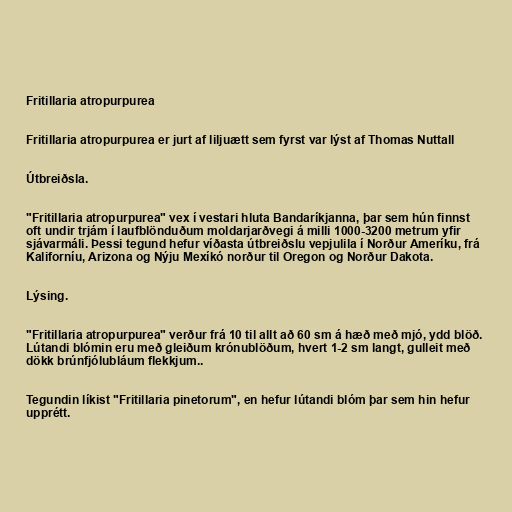
Fritillaria atropurpurea

Fritillaria atropurpurea er jurt af liljuætt sem fyrst var lýst af Thomas Nuttall

Útbreiðsla.

"Fritillaria atropurpurea" vex í vestari hluta Bandaríkjanna, þar sem hún finnst
oft undir trjám í laufblönduðum moldarjarðvegi á milli 1000-3200 metrum yfir
sjávarmáli. Þessi tegund hefur víðasta útbreiðslu vepjulila í Norður Ameríku, frá
Kaliforníu, Arizona og Nýju Mexíkó norður til Oregon og Norður Dakota.

Lýsing.

"Fritillaria atropurpurea" verður frá 10 til allt að 60 sm á hæð með mjó, ydd blöð.
Lútandi blómin eru með gleiðum krónublöðum, hvert 1-2 sm langt, gulleit með
dökk brúnfjólubláum flekkjum..

Tegundin líkist "Fritillaria pinetorum", en hefur lútandi blóm þar sem hin hefur
upprétt.